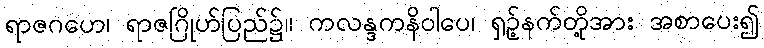
ရာဇဂဟေ၊ ရာဇဂြိုဟ်ပြည်၌။ ကလန္ဒကနိဝါပေ၊ ရှဉ့်နက်တို့အား အစာပေး၍